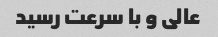
عالی و با سرعت رسید